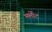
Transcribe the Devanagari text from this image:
मर्मोट